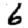
Digit: 6